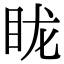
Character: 眬